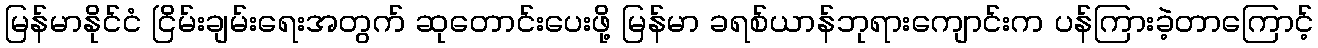
မြန်မာနိုင်ငံ ငြိမ်းချမ်းရေးအတွက် ဆုတောင်းပေးဖို့ မြန်မာ ခရစ်ယာန်ဘုရားကျောင်းက ပန်ကြားခဲ့တာကြောင့်